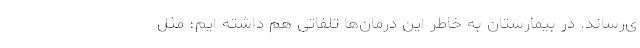
ی‌رساند. در بیمارستان به خاطر این درمان‌ها تلفاتی هم داشته ایم؛ مثل